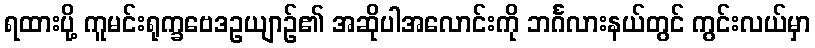
ရထားပို့ ကူမင်းရုက္ခဗေဒဥယျာဉ်၏ အဆိုပါအလောင်းကို ဘင်္ဂလားနယ်တွင် ကွင်းလယ်မှာ